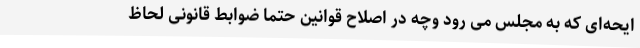
ایحه‌ای که به مجلس می رود وچه در اصلاح قوانین حتما ضوابط قانونی لحاظ